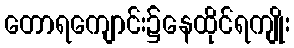
တောရကျောင်း၌နေထိုင်ရကျိုး